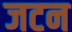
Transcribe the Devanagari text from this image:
जटन